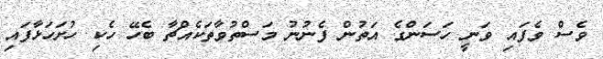
ވެސް ވެފައި ވަނީ ހަސަންގެ އަތުން ފެނުނު މަސްތުވާތަކެއްޗާ ބެހޭ ހެކި ހުށަހަޅާފައި